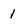
Character: 1